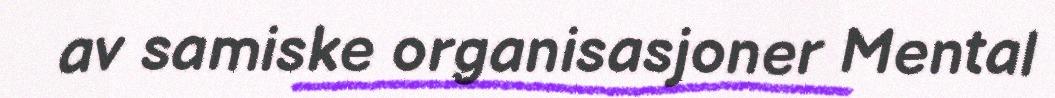
av samiske organisasjoner Mental